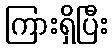
ကြားရှိပြီး